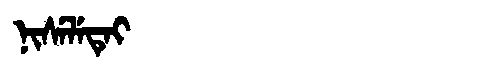
Manchu: ᠨᡳᠰᡝᠯᡝᡨᡝᡳ
Romanization: NISELETEI